Report of an investigation into the causes of the diseases known in Assam as Kála-Azár and Beri-Beri
Disease focus: Beri-Beri
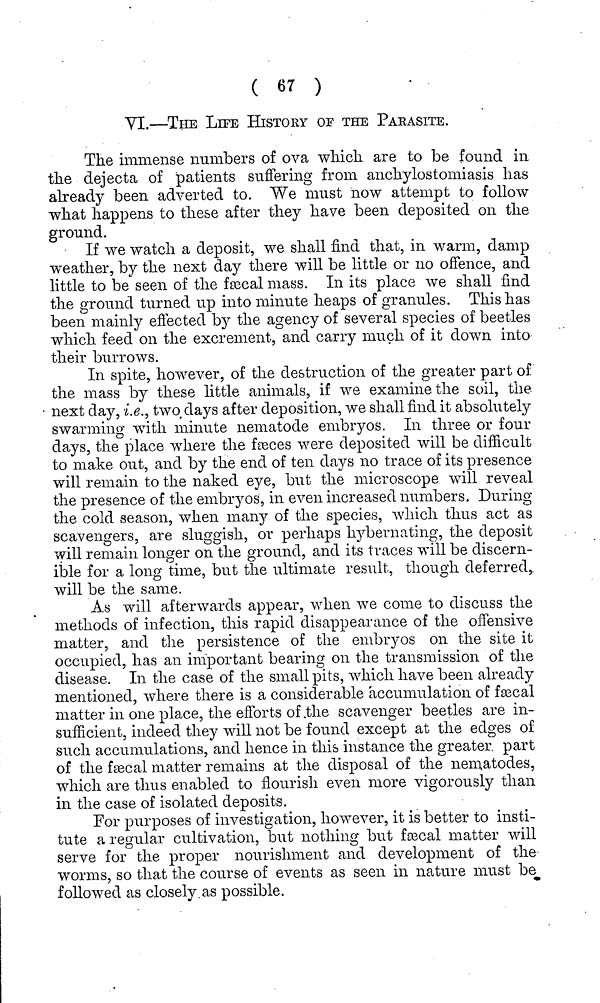
( 67 )
VI.—THE LIFE HISTORY OF THE PARASITE.
The immense numbers of ova which, are to be found in
the dejecta of patients suffering from anchylostomiasis has
already been adverted to. We must now attempt to follow
what happens to these after they have been deposited on the
ground.
If we watch a deposit, we shall find that, in warm, damp
weather, by the next day there will be little or no offence, and
little to be seen of the fæscal mass. In its place we shall find
the ground turned up into minute heaps of granules. This has
been mainly effected by the agency of several species of beetles
which feed on the excrement, and carry much of it down into
their burrows.
In spite, however, of the destruction of the greater part of
the mass by these little animals, if we examine the soil, the
next day, i.e., two, days after deposition, we shall find it absolutely
swarming with minute nematode embryos. In three or four
days, the place where the faeces were deposited will be difficult
to make out, and by the end of ten days no trace of its presence
will remain to the naked eye, but the microscope will reveal
the presence of the embryos, in even increased numbers. During
the cold season, when many of the species, which thus act as
scavengers, are sluggish, or perhaps hybernating, the deposit
will remain longer on the ground, and its traces will be discern-
ible for a long time, but the ultimate result, though deferred,
will be the same.
As will afterwards appear, when we come to discuss the
methods of infection, this rapid disappearance of the offensive
matter, and the persistence of the embryos 011 the site it
occupied, has an important bearing on the transmission of the
disease. In the case of the small pits, which have been already
mentioned, where there is a considerable accumulation of fæcal
matter in one place, the efforts of .the scavenger beetles are in-
sufficient, indeed they will not be found except at the edges of
such accumulations, and hence in this instance the greater part
of the fæcal matter remains at the disposal of the nematodes,
which are thus enabled to flourish even more vigorously than
in the case of isolated deposits.
For purposes of investigation, however, it is better to insti-
tute a regular cultivation, but nothing but fæcal matter will
serve for the proper nourishment and development of the
worms, so that the course of events as seen in nature must be
followed as closely as possible.